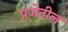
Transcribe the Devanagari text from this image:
प्रजेतील